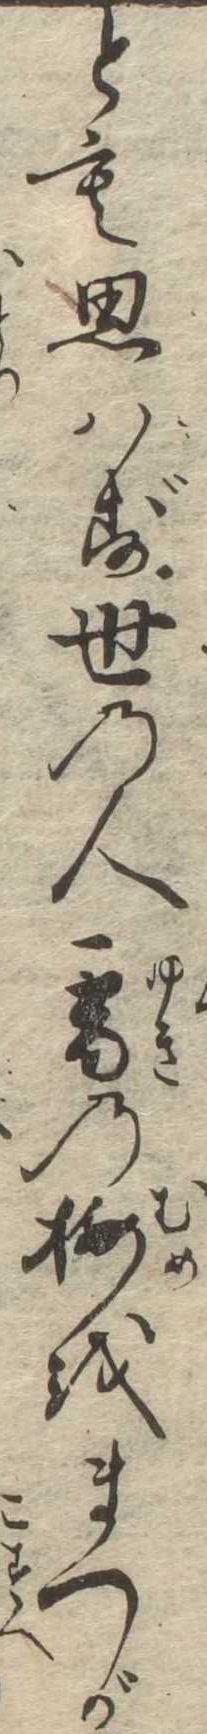
とも思はず世の人雪の梅をまつが